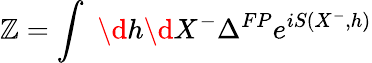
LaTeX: \mathbb{Z}=\int\, \, \d{h}\d{X}^{-}\Delta^{FP}e^{iS(X^{-},h)}